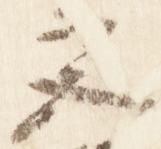
宮